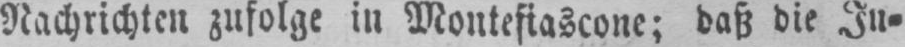
Nachrichten zufolge in Montefiascone; daß die In⸗